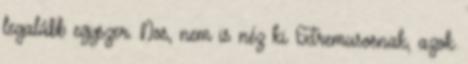
legalább egyszer. Nos, nem is néz ki Extremusosnak, azok